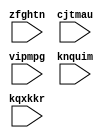
// DESCRIPTION: Verilator: Verilog Test module
//
// This file ONLY is placed into the Public Domain, for any use,
// without warranty, 2003-2007 by Wilson Snyder.

`define zednkw 200

module BreadAddrDP (zfghtn, cjtmau, vipmpg, knquim, kqxkkr);
input zfghtn;
input [4:0] cjtmau;
input vipmpg;
input [7:0]  knquim;
input [7:0]  kqxkkr;

reg covfok;

reg [15:0] xwieqw;
reg [2:0] ofnjjt;

reg [37:0] hdsejo[1:0];

reg wxxzgd, tceppr, ratebp, fjizkr, iwwrnq;
reg vrqrih, ryyjxy;
reg fgzsox;

wire xdjikl = ~wxxzgd & ~tceppr & ~ratebp & fjizkr;
wire iytyol = ~wxxzgd & ~tceppr &  ratebp & ~fjizkr & ~xwieqw[10];
wire dywooz = ~wxxzgd & ~tceppr &  ratebp & ~fjizkr & xwieqw[10];
wire qnpfus = ~wxxzgd & ~tceppr &  ratebp &  fjizkr;
wire fqlkrg = ~wxxzgd &  tceppr & ~ratebp & ~fjizkr;

wire ktsveg = hdsejo[0][6] | (hdsejo[0][37:34] == 4'h1);
wire smxixw = vrqrih | (ryyjxy & ktsveg);

wire [7:0] grvsrs, kyxrft, uxhkka;

wire [7:0] eianuv = 8'h01 << ofnjjt;
wire [7:0] jvpnxn = {8{qnpfus}} & eianuv;
wire [7:0] zlnzlj = {8{fqlkrg}} & eianuv;
wire [7:0] nahzat = {8{iytyol}} & eianuv;

genvar i;
generate
   for (i=0;i<8;i=i+1)
   begin : dnlpyw
      DecCountReg4 bzpytc (zfghtn, fgzsox, zlnzlj[i],
      			   knquim[3:0], covfok, grvsrs[i]);
      DecCountReg4 oghukp (zfghtn, fgzsox, zlnzlj[i],
     			   knquim[7:4], covfok, kyxrft[i]);
      DecCountReg4 ttvjoo (zfghtn, fgzsox, nahzat[i],
			   kqxkkr[3:0], covfok, uxhkka[i]);
   end
endgenerate

endmodule

module DecCountReg4 (clk, fgzsox, fckiyr, uezcjy, covfok, juvlsh);
input clk, fgzsox, fckiyr, covfok;
input [3:0] uezcjy;
output juvlsh;

task Xinit;
begin
`ifdef TEST_HARNESS
   khgawe = 1'b0;
`endif
end
endtask
function X;
input vrdejo;
begin
`ifdef TEST_HARNESS
   if ((vrdejo & ~vrdejo) !== 1'h0) khgawe = 1'b1;
`endif
   X = vrdejo;
end
endfunction
task Xcheck;
input vzpwwy;
begin
end
endtask

reg [3:0] udbvtl;

assign juvlsh = |udbvtl;
wire [3:0] mppedc = {4{fgzsox}} & (fckiyr ? uezcjy : (udbvtl - 4'h1));

wire qqibou = ((juvlsh | fckiyr) & covfok) | ~fgzsox;

always @(posedge clk)
begin
   Xinit;
   if (X(qqibou))
      udbvtl	<= #`zednkw mppedc;

   Xcheck(fgzsox);
end

endmodule